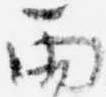
雨